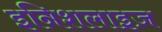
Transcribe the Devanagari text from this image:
इनिशलाइज़